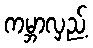
ကမ္ဘာလှည့်